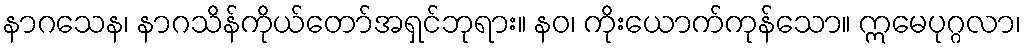
နာဂသေန၊ နာဂသိန်ကိုယ်တော်အရှင်ဘုရား။ နဝ၊ ကိုးယောက်ကုန်သော။ ဣမေပုဂ္ဂလာ၊